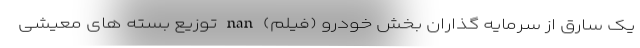
یک سارق از سرمایه گذاران بخش خودرو (فیلم) nan توزیع بسته های معیشی